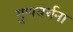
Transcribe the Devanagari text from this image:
गुणवर्धना